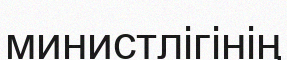
министлігінің